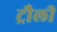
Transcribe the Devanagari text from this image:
ट्रौली